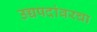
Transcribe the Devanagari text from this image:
उच्चपदांवरचा